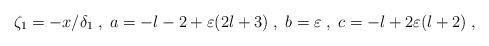
LaTeX: \begin{align*}\zeta_1=-x/\delta_1\;,\;a=-l-2+\varepsilon(2l+3)\;,\;b=\varepsilon\;,\;c=-l+2\varepsilon(l+2)\;,\end{align*}